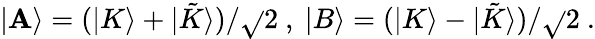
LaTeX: |\mathbf{A}\rangle=(|K\rangle+|{\tilde{{K}}}\rangle)/\sqrt{}{{2}}\ ,\ |B\rangle=(|K\rangle-|{\tilde{{K}}}\rangle)/\sqrt{}{{2}}\ .